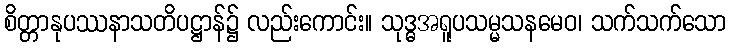
စိတ္တာနုပဿနာသတိပဋ္ဌာန်၌ လည်းကောင်း။ သုဒ္ဓအရူပသမ္မသနမေဝ၊ သက်သက်သော